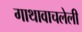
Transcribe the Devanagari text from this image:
गाथावाचलेली